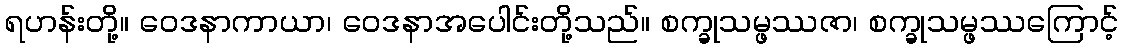
ရဟန်းတို့။ ဝေဒနာကာယာ၊ ဝေဒနာအပေါင်းတို့သည်။ စက္ခုသမ္ဖဿဇာ၊ စက္ခုသမ္ဖဿကြောင့်